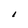
Character: I